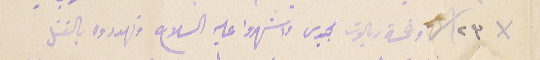
٢٣ وخمسة ريالات مجيدى واشهروا عليه السلاح وتهددوه بالقتل